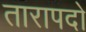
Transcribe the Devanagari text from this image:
तारापदो